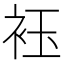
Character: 𮷀